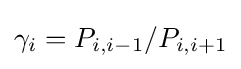
\gamma _{i}=P_{i,i-1}/P_{i,i+1}